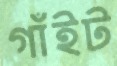
গাঁইট